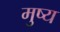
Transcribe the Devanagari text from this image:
मुष्य